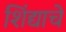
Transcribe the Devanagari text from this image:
शिंद्याचे